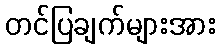
တင်ပြချက်များအား